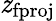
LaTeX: \mathit{z}_{\mathrm{{fproj}}}